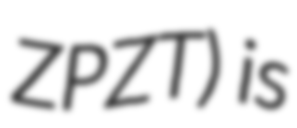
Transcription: ZPZT) is